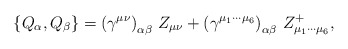
\begin{align*}\left\{ Q_\alpha ,Q_\beta \right\} =\left( \gamma ^{\mu \nu }\right)_{\alpha \beta }\,Z_{\mu \nu }+\left( \gamma ^{\mu _1\cdots \mu _6}\right)_{\alpha \beta }\,Z_{\mu _1\cdots \mu _6}^{+},\end{align*}